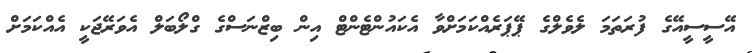
އޭސީސީއޭގެ ފުރަތަމަ ލެވެލްގެ ޕޭޕަރެއްކަމަށްވާ އެކައުންޓެންޓް އިން ބިޒްނަސްގެ ގްލޯބަލް އެވަރޭޖަކީ އެއްކަމަށް